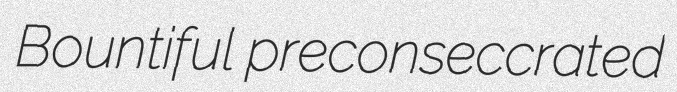
Bountiful preconseccrated